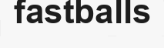
fastballs